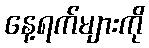
နေ့ရက်များကို